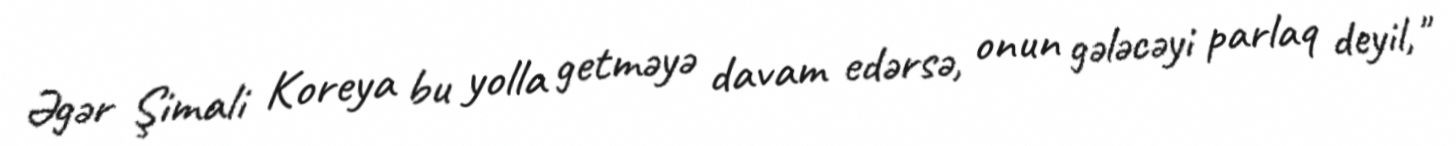
Əgər Şimali Koreya bu yolla getməyə davam edərsə, onun gələcəyi parlaq deyil,"